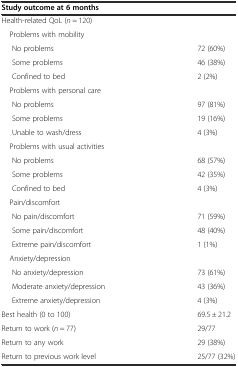
| Study outcome at 6 months |  |
 | --- | --- |
 | Health-related QoL (n = 120) |  |
 | Problems with mobility |  |
 | No problems | 72 (60%) |
 | Some problems | 46 (38%) |
 | Confined to bed | 2 (2%) |
 | Problems with personal care |  |
 | No problems | 97 (81%) |
 | Some problems | 19 (16%) |
 | Unable to wash/dress | 4 (3%) |
 | Problems with usual activities |  |
 | No problems | 68 (57%) |
 | Some problems | 42 (35%) |
 | Confined to bed | 4 (3%) |
 | Pain/discomfort |  |
 | No pain/discomfort | 71 (59%) |
 | Some pain/discomfort | 48 (40%) |
 | Extreme pain/discomfort | 1 (1%) |
 | Anxiety/depression |  |
 | No anxiety/depression | 73 (61%) |
 | Moderate anxiety/depression | 43 (36%) |
 | Extreme anxiety/depression | 4 (3%) |
 | Best health (0 to 100) | 69.5 ± 21.2 |
 | Return to work (n = 77) | 29/77 |
 | Return to any work | 29 (38%) |
 | Return to previous work level | 25/77 (32%) |